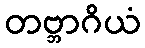
တဗ္ဘာဂိယံ